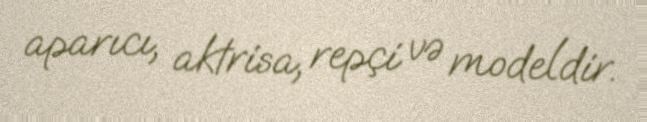
aparıcı, aktrisa, repçi və modeldir.